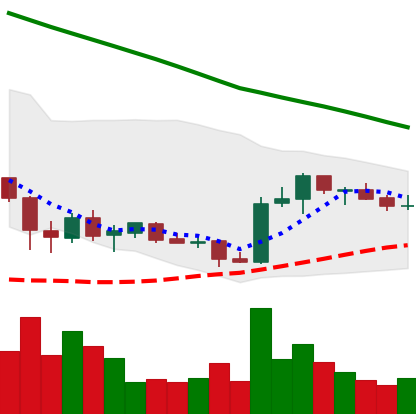
Ticker: ADA-USD
Chart end date: 2019-02-15
Forward return: 17.121%
Label: up_7plus